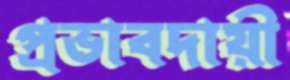
প্রভাবদায়ী